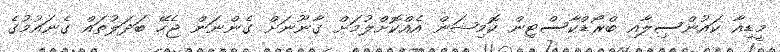
މީޑިއާ ކައުންސިލާއި ބްރޯޑްކާސްޓިން ކޮމިޝަން އެއްކޮށްލުމަށް ގާނޫނަށް ގެންނަން ޖެހޭ ބަދަލުތައް ގެނައުމުގެ